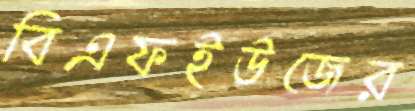
বিএফইউজের